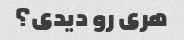
هری رو دیدی؟